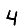
Digit: 4